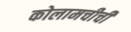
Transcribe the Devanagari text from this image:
कोलामचीची